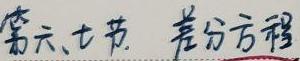
第六、七节 差分方程